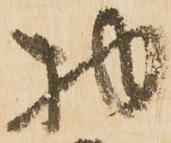
物